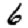
Digit: 6